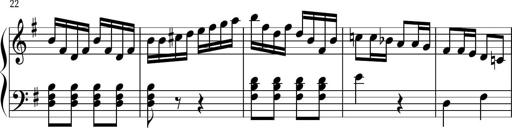
Title: Keyboard Sonatina in G
Composer: Michael Pogudin
Key: G major